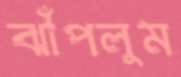
ঝাঁপলুম